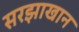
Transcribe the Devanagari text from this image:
सरझाखान